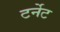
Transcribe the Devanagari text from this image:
टर्नेट